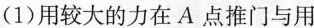
(1)用较大的力在A点推门与用